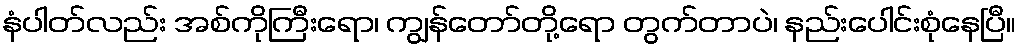
နံပါတ်လည်း အစ်ကိုကြီးရော၊ ကျွန်တော်တို့ရော တွက်တာပဲ၊ နည်းပေါင်းစုံနေပြီ။